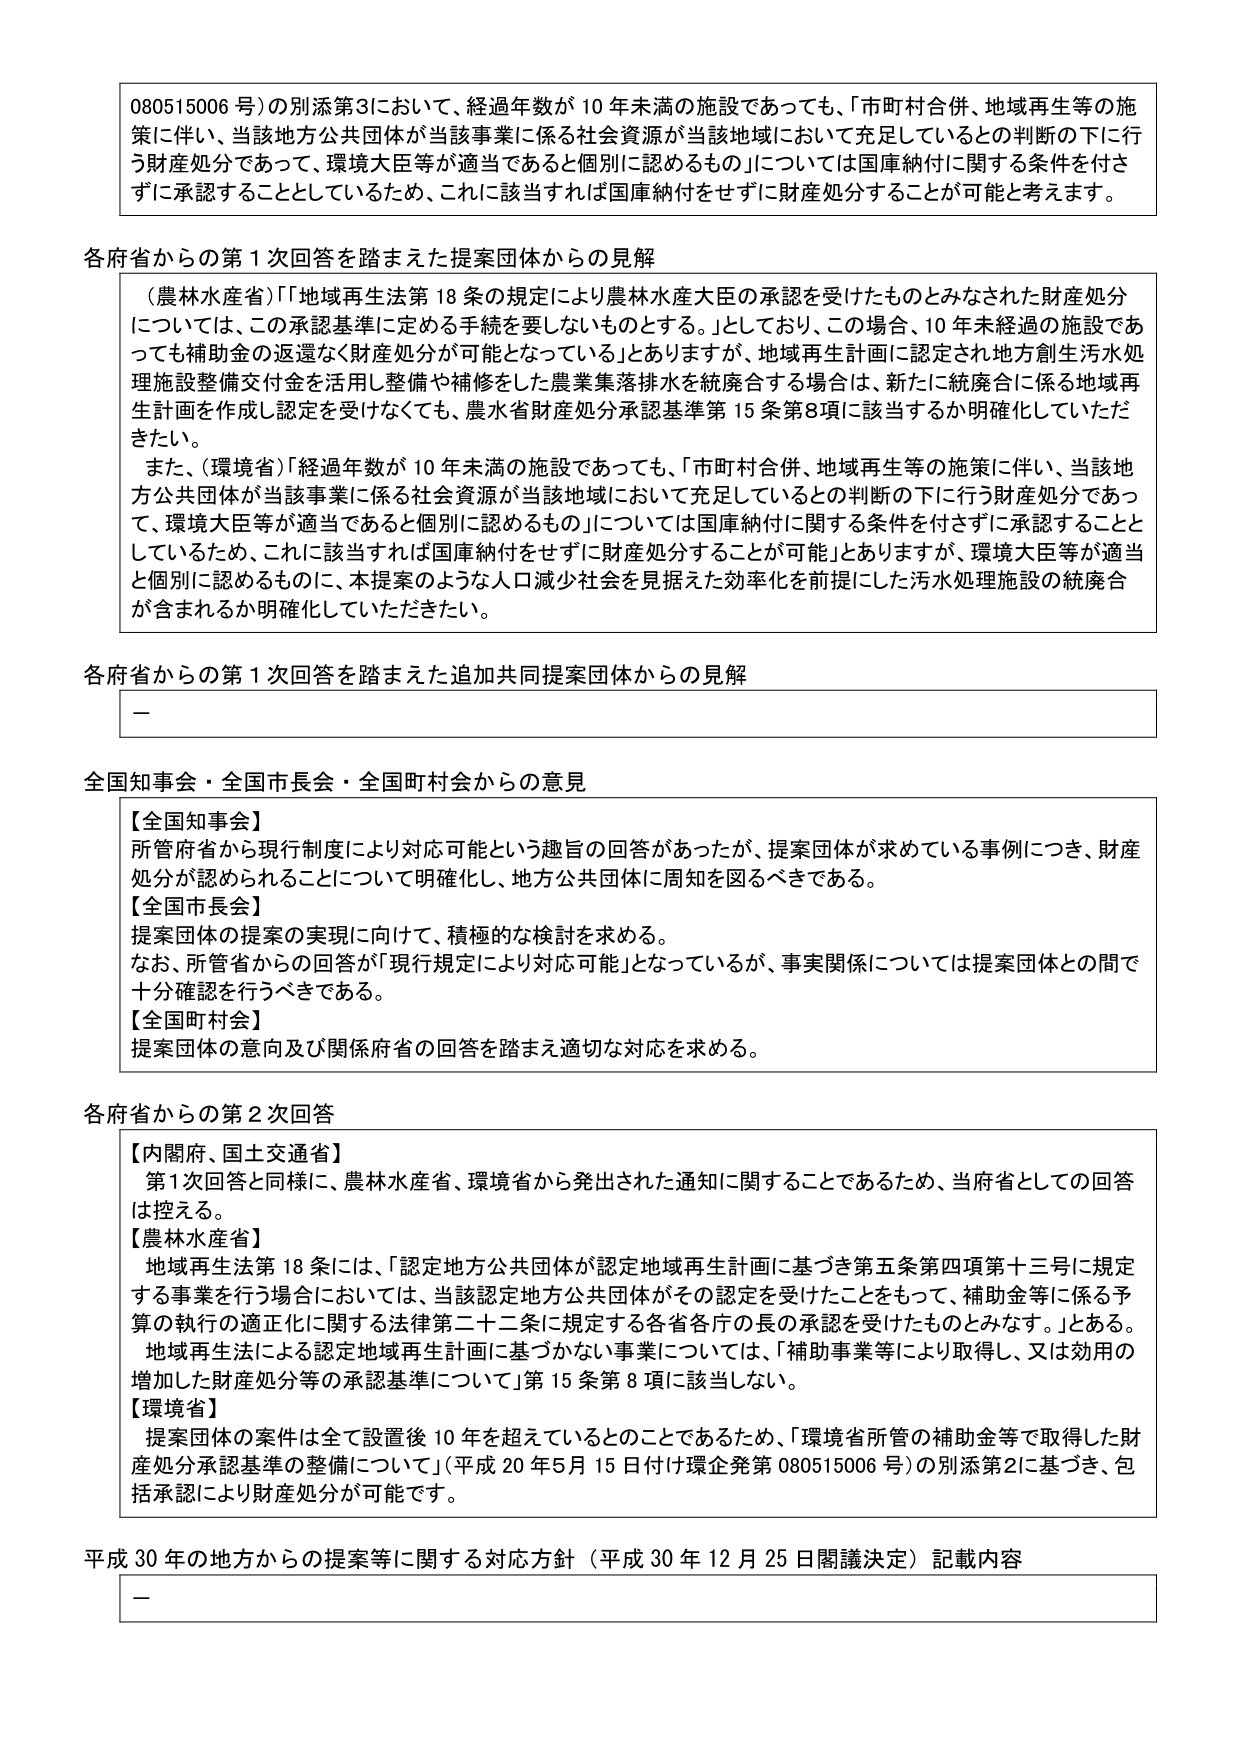
080515006号）の別添第3において、経過年数が10年未満の施設であっても、「市町村合併、地域再生等の施策に伴い、当該地方公共団体が当該事業に係る社会資源が当該地域において充足しているとの判断の下に行う財産処分であって、環境大臣等が適当であると個別に認めるもの」については国庫納付に関する条件を付さずに承認することとしているため、これに該当すれば国庫納付をせずに財産処分することが可能と考えます。

各府省からの第1次回答を踏まえた提案団体からの見解

（農林水産省）「地域再生法第18条の規定により農林水産大臣の承認を受けたものとみなされた財産処分については、この承認基準に定める手続を要しないものとする。」としており、この場合、10年未経過の施設であっても補助金の返還なく財産処分が可能となっている」とありますが、地域再生計画に認定され地方創生污水処理施設整備交付金を活用し整備や補修をした農業集落排水を統廃合する場合は、新たに統廃合に係る地域再生計画を作成し認定を受けなくても、農水省財産処分承認基準第15条第8項に該当するか明確化していただきたい。

また、（環境省）「経過年数が10年未満の施設であっても、「市町村合併、地域再生等の施策に伴い、当該地方公共団体が当該事業に係る社会資源が当該地域において充足しているとの判断の下に行う財産処分であって、環境大臣等が適当であると個別に認めるもの」については国庫納付に関する条件を付さずに承認することとしているため、これに該当すれば国庫納付をせずに財産処分することが可能」とありますが、環境大臣等が適当と個別に認めるものに、本提案のような人口減少社会を見据えた効率化を前提にした汚水処理施設の統廃合が含まれるか明確化していただきたい。

各府省からの第1次回答を踏まえた追加共同提案団体からの見解

—

全国知事会・全国市長会・全国町村会からの意見

【全国知事会】
所管府省から現行制度により対応可能という趣旨の回答があったが、提案団体が求めている事例につき、財産処分が認められることについて明確化し、地方公共団体に周知を図るべきである。

【全国市長会】
提案団体の提案の実現に向けて、積極的な検討を求める。
なお、所管省からの回答が「現行規定により対応可能」となっているが、事実関係については提案団体との間で十分確認を行うべきである。

【全国町村会】
提案団体の意向及び関係府省の回答を踏まえ適切な対応を求める。

各府省からの第2次回答

【内閣府、国土交通省】
第1次回答と同様に、農林水産省、環境省から発出された通知に関することであるため、当府省としての回答は控える。

【農林水産省】
地域再生法第18条には、「認定地方公共団体が認定地域再生計画に基づき第五条第四項第十三号に規定する事業を行う場合においては、当該認定地方公共団体がその認定を受けたことをもって、補助金等に係る予算の執行の適正化に関する法律第二十二条に規定する各省各庁の長の承認を受けたものとみなす。」とある。
地域再生法による認定地域再生計画に基づかない事業については、「補助事業等により取得し、又は効用の増加した財産処分等の承認基準について」第15条第8項に該当しない。

【環境省】
提案団体の案件は全て設置後10年を超えているとのことであるため、「環境省所管の補助金等で取得した財産処分承認基準の整備について」（平成20年5月15日付け環企発第080515006号）の別添第2に基づき、包括承認により財産処分が可能です。

平成30年の地方からの提案等に関する対応方針（平成30年12月25日閣議決定）記載内容

—